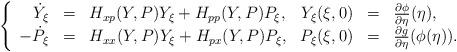
LaTeX: \begin{align*}\left\{\begin{array}{rllrrl}\dot{Y}_{\xi}&=&H _{xp} (Y,P)Y_{\xi}+ H_{pp}(Y,P) P_{\xi} ,& Y_{\xi}(\xi,0) &=& \frac{ \partial \phi }{\partial \eta } (\eta), \\-\dot{P}_{\xi}&=& H_{xx}(Y,P) Y_{\xi}+ H_{px} (Y,P) P_{\xi},& P_{\xi}(\xi, 0)&=&\frac{\partial g}{ \partial \eta}(\phi( \eta)).\end{array}\right.\end{align*}